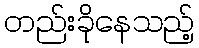
တည်းခိုနေသည့်